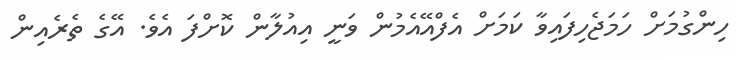
ހިންގުމަށް ހަމަޖެހިފައިވާ ކަމަށް އެފްއޭއެމުން ވަނީ އިއުލާން ކޮށްފަ އެވެ. އޭގެ ތެރެއިން